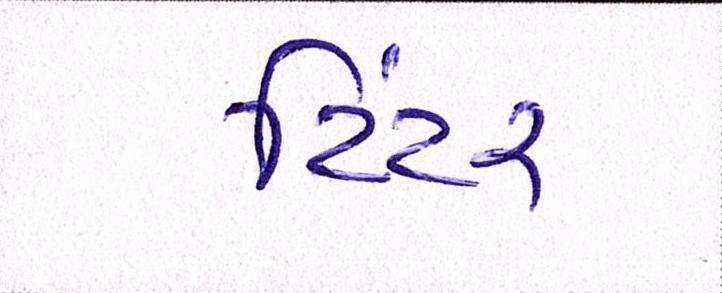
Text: ટિંટર